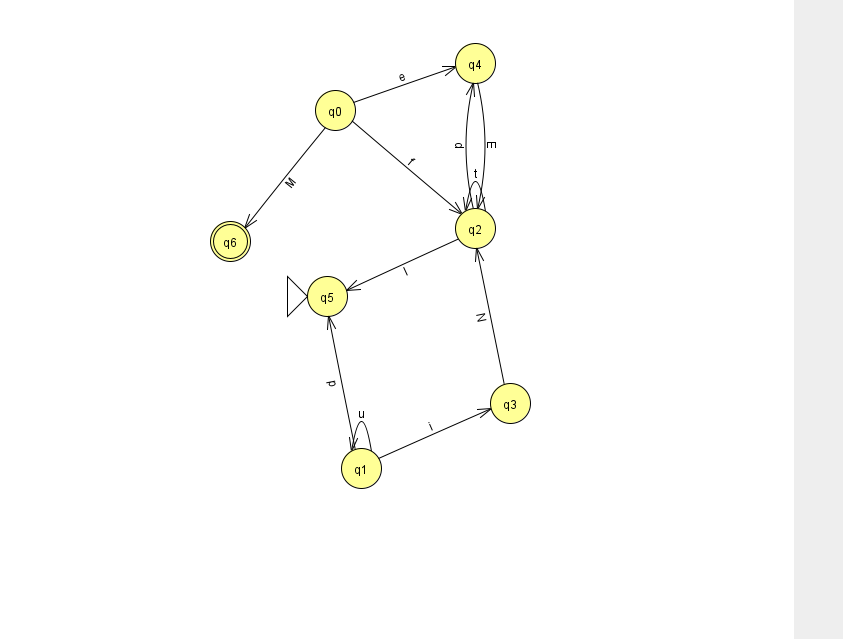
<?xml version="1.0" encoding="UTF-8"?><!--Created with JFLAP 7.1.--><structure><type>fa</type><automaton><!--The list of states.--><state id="0" name="q0"><x>335.0</x><y>97.0</y></state><state id="1" name="q1"><x>361.0</x><y>455.0</y></state><state id="2" name="q2"><x>475.0</x><y>215.0</y></state><state id="3" name="q3"><x>510.0</x><y>390.0</y></state><state id="4" name="q4"><x>475.0</x><y>50.0</y></state><state id="5" name="q5"><x>327.0</x><y>283.0</y><initial/></state><state id="6" name="q6"><x>230.0</x><y>228.0</y><final/></state><!--The list of transitions.--><transition><from>2</from><to>4</to><read>p</read></transition><transition><from>2</from><to>5</to><read>l</read></transition><transition><from>0</from><to>4</to><read>e</read></transition><transition><from>2</from><to>2</to><read>t</read></transition><transition><from>4</from><to>2</to><read>E</read></transition><transition><from>1</from><to>1</to><read>u</read></transition><transition><from>0</from><to>2</to><read>f</read></transition><transition><from>1</from><to>5</to><read>p</read></transition><transition><from>0</from><to>6</to><read>M</read></transition><transition><from>1</from><to>3</to><read>i</read></transition><transition><from>3</from><to>2</to><read>N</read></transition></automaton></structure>